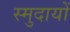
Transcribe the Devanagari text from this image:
स्मुदायों